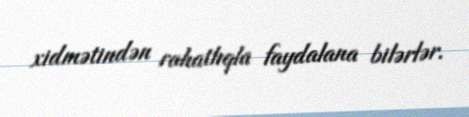
xidmətindən rahatlıqla faydalana bilərlər.